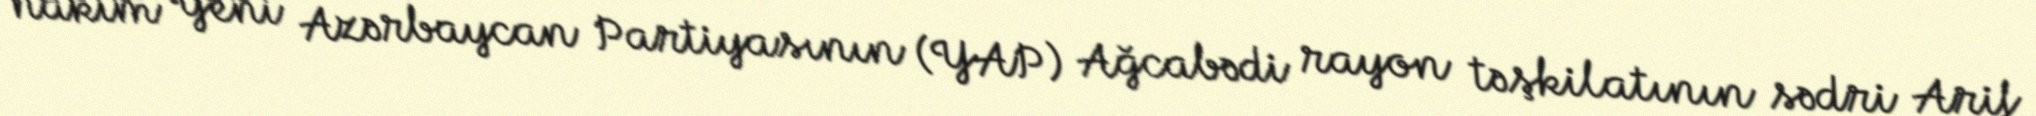
hakim Yeni Azərbaycan Partiyasının (YAP) Ağcabədi rayon təşkilatının sədri Arif